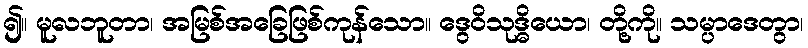
၍။ မူလဘူတာ၊ အမြစ်အခြေဖြစ်ကုန်သော။ ဒွေဝိသုဒ္ဓိယော၊ တို့ကို။ သမ္ပာဒေတွာ၊